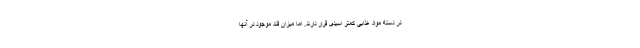
در دسته مواد غذایی کمتر اسیدی قرار دارند. اما میزان قند موجود در آنها